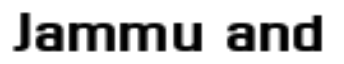
Jammu and